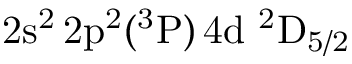
\mathrm { 2 s ^ { 2 } \, 2 p ^ { 2 } ( ^ { 3 } P ) \, 4 d ~ ^ { 2 } D _ { 5 / 2 } }